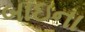
બાઇના